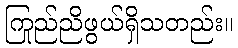
ကြည်ညိုဖွယ်ရှိသတည်း။